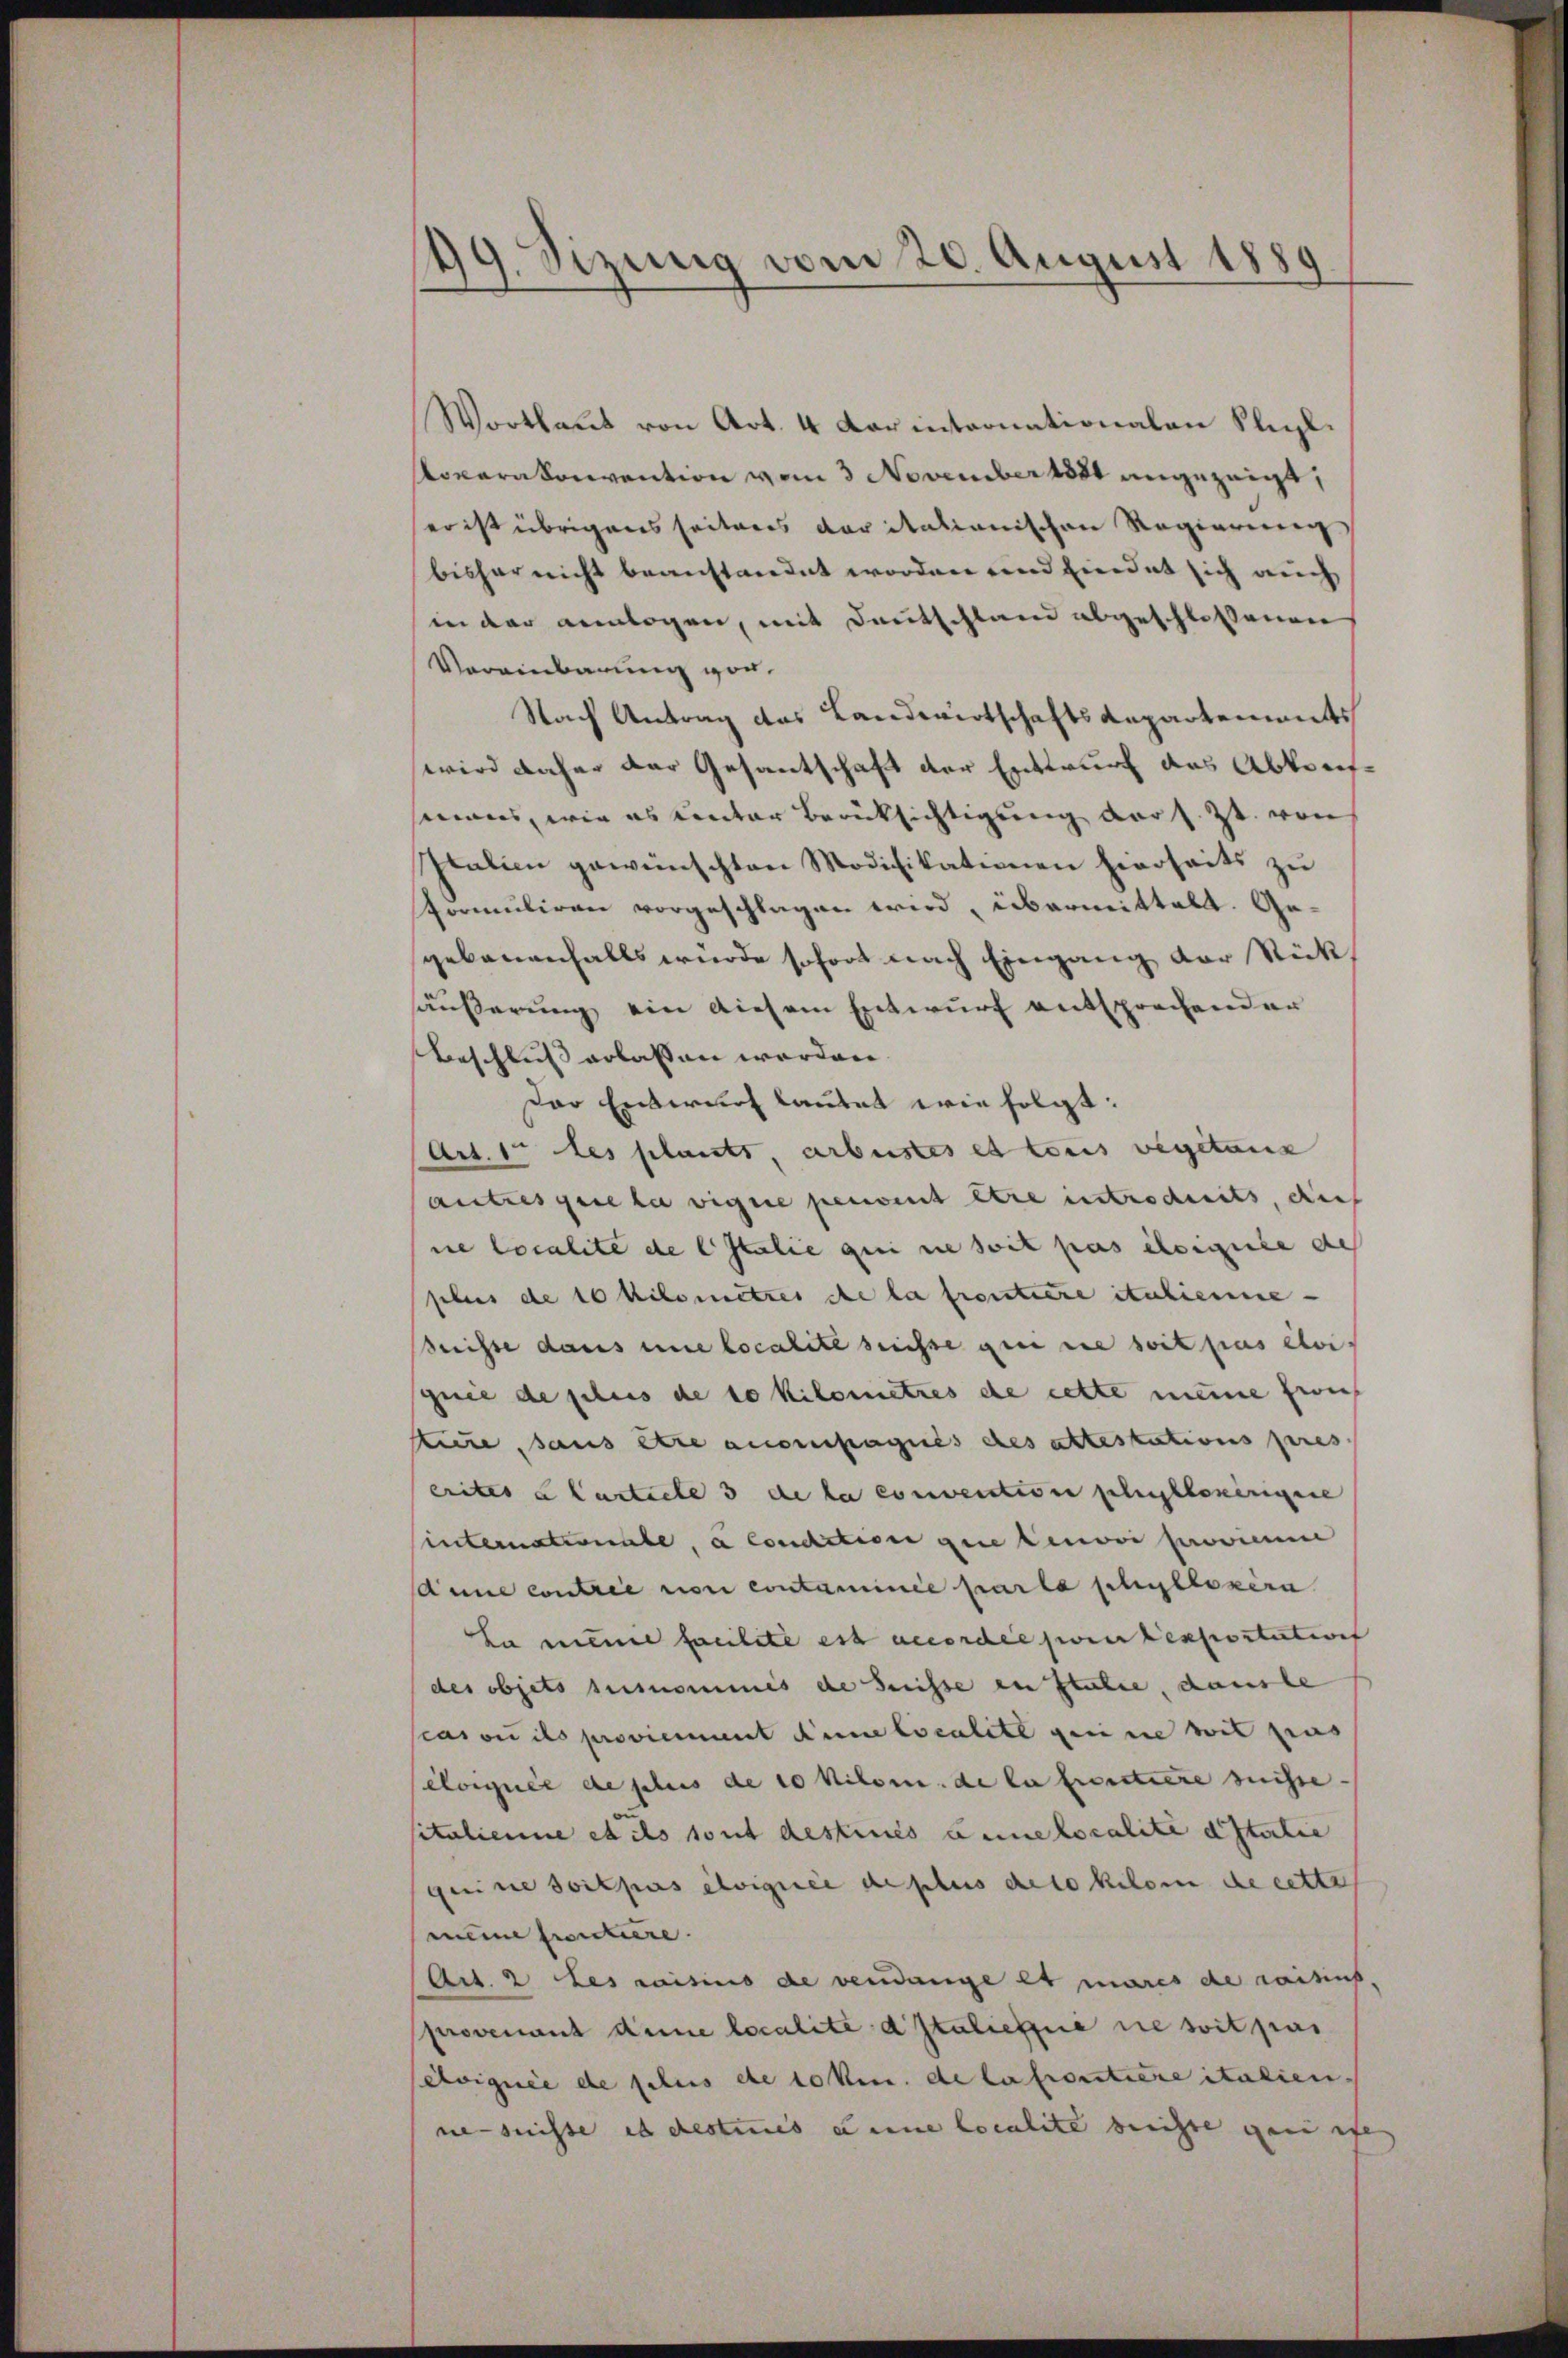
99. Sizung vom 20. August 1889

Wortlaut von Art. 4 Korinternationalen Kleel.
lovaratoriention vom 3 November 1881 angezeigt,
er ist übrigens seiteres der italianischen Regierung
bisher nicht beanstandet worden und findet sich auch
in der Anlagen, mit Deutschland abgeschlossenen
Vereinbarung vor¬
Nach Antrag des Landwirtschafts Repartements
wird daher der Gesantschaft der Entwurf das Abtreifmanes, wie es ventar Berücksichtigung der s. Zt. von
Italien gewünschten Modifikationen hierseits zu
Formuliren vorgeschlagen wird, übermittalt. Gegebauenfalls würde sofort nach Eingang der Stück
säußerung ein diesem Entwurf entsprechender
Beschluß erlassen worden.
der Entwurf lautet wie folgt:
Art. 1 des plants, arbeistes et tenus vegetanz
autres que la vigne peuvent être intrechneits, dies
ne localite de C Italie qui ne soit pas éloignete des
sebres de 10 Kilometzes de la froutiere italienne
reisse dans une localite suisse gei nie soit pas evi
quie de plus de so Kilometzes de cette meine Errich
kure, sans être accompagnis des attestations pres
erites à Curticle 3 de la convention schullehrigene
Unternationale, a condition que renvoi provienne
aune contrie von contaminée parla schullokera
La meine familite est accordée parer Lexpositation
des objets susnommes de heisse en statte, danste
Parow ils provicient Anne localite gerin wil pas
Céloignée de plus de 10 Kilom. de la prestiere suisse
sitalienne et ils sont destinés eine localité d’Italie
gerine soit pas éloignée de plus deto Kilome de cette
meine proutiere.
Act. 2 des raisius de vendange et mares de reitins.
provenant deme localité d’Italiefera die soit pas
éloignée de selis de so ken. de la proutiere italien.
ne suisse es desties u eine localite berichte ganz eben |